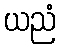
ယညံ